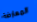
المعارضة